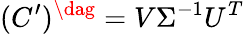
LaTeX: (C^{\prime})^{\dag}=V\Sigma^{-1}U^{T}